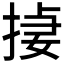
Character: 𪮄